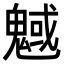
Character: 魊